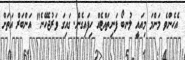
އެހެންވެ މަންމަ މިއައީ ލުނބޯ ފަނިތައްޓެއް ހިފައިގެން. ގައިގަ ވަރުޖެހޭނެ" އަންބަރް އަތަށް